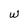
Character: W